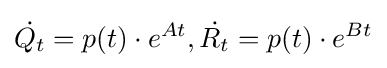
{\dot {Q_{t}}}=p(t)\cdot e^{At},{\dot {R_{t}}}=p(t)\cdot e^{Bt}